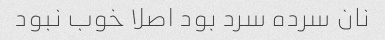
نان سرده سرد بود اصلا خوب نبود